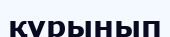
құрынып